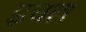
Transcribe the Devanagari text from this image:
इचल